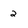
Character: 2